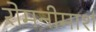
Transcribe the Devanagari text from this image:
रोमनीमार्श